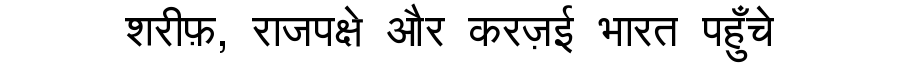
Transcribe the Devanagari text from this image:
शरीफ़, राजपक्षे और करज़ई भारत पहुँचे